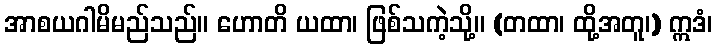
အာစယဂါမိမည်သည်။ ဟောတိ ယထာ၊ ဖြစ်သကဲ့သို့။ (တထာ၊ ထို့အတူ၊) ဣဒံ၊